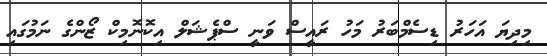
މިދިޔަ އަހަރު ޑިސެމްބަރު މަހު ރައީސް ވަނީ ސްޕެޝަލް އިކޮނޮމިކް ޒޯންގެ ނަމުގައި